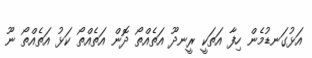
އަޅުގަނޑުމެން ހިފާ އަތަކީ ރީނދޫ އަތެއްތޯ ދޮން އަތެއްތޯ ކަޅު އަތެއްތޯ ނޫ